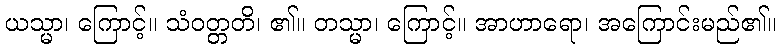
ယသ္မာ၊ ကြောင့်။ သံဝတ္တတိ၊ ၏။ တသ္မာ၊ ကြောင့်။ အာဟာရော၊ အကြောင်းမည်၏။